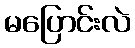
မပြောင်းလဲ